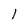
Character: 1